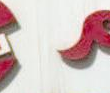
: